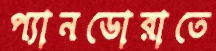
প্যানডোরাতে